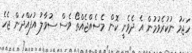
ހަޖަމު ނުކުރެވުމުން އެ ދެވެނީ ކޮން މެސެއްޖެއްތޯ ވެސް ސުވާލު އުފައްދަން ޖެހެ